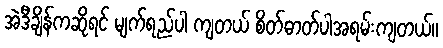
အဲဒီချိန်ကဆိုရင် မျက်ရည်ပါ ကျတယ် စိတ်ဓာတ်ပါအရမ်းကျတယ်။